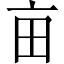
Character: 亩